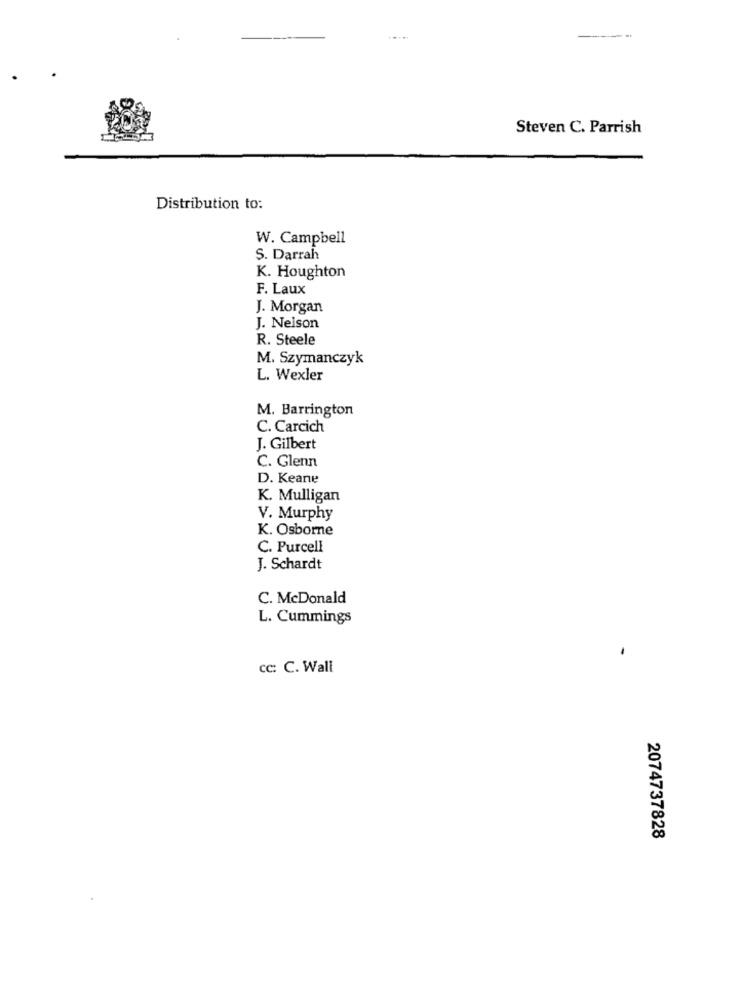
Steven C. Parrish
Distribution to:
W. Campbell
S. Darrah
K. Houghton
F. Laux
J. Morgan
J. Nelson
R. Steele
M. Szymanczyk
L. Wexler
M. Barrington
C. Carcich
J. Gilbert
C. Glenn
D. Keane
K. Mulligan
V. Murphy
K. Osborne
C. Purcell
J. Schardt
C. McDonald
L. Cummings
cc: C. Wall
2074737828